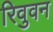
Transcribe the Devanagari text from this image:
रिवुवन